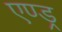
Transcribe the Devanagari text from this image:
एण्ड्र